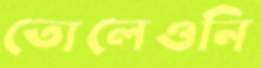
তোলেওনি